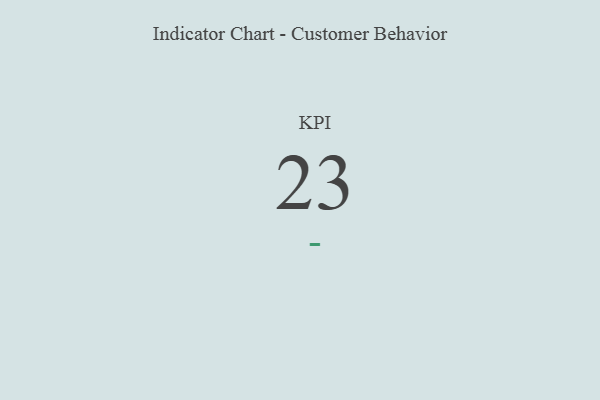
{"axis": {"x": "KPI", "y": "Value"}, "legend": [""], "data": [{"x": "KPI", "y": 23, "type": ""}]}